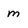
Character: m